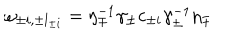
\omega _ { \pm i , \pm l _ { \pm i } } = \eta _ { \mp } ^ { - 1 } \gamma _ { \pm } c _ { \pm i } \gamma _ { \pm } ^ { - 1 } \eta _ { \mp }